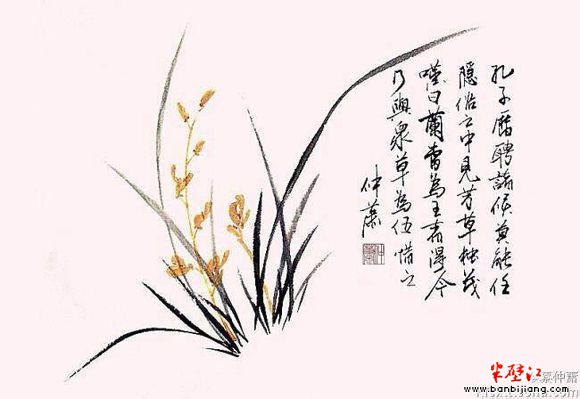
先生名利比尘灰，绿竹青松手自栽。